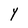
Character: Y